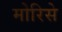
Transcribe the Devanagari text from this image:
मोरिसे